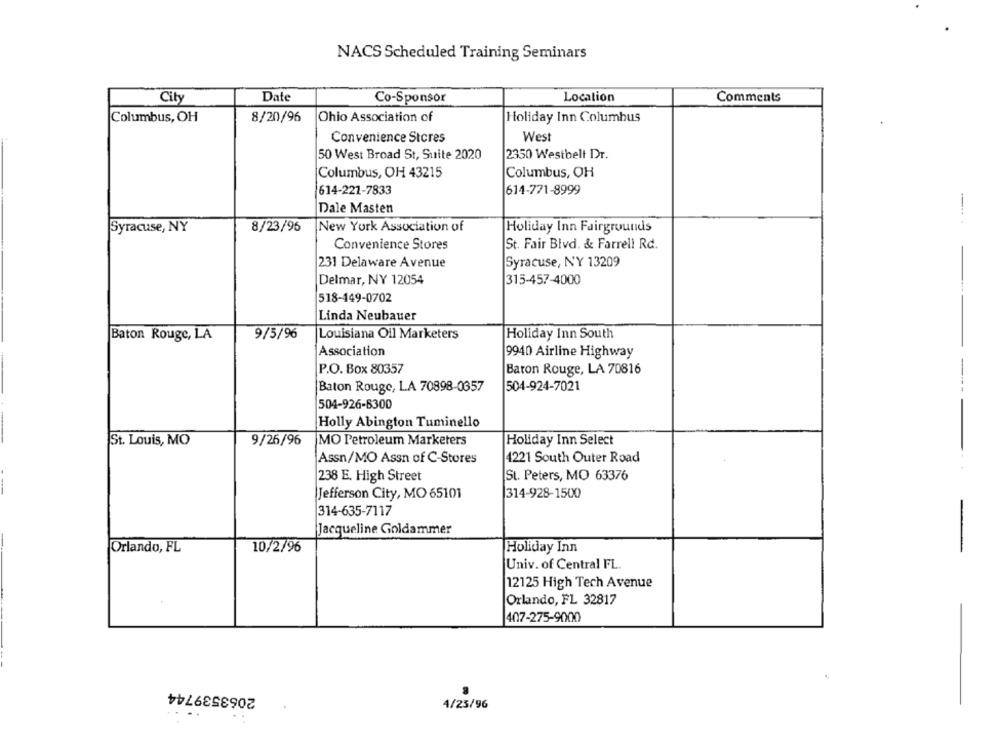
NACS Scheduled Training Seminars
City
Date
Co-Sponsor
Location
Comments
Columbus, OH
8/20/96
Ohio Association of
Holiday Inn Columbus
Convenience Stores
West
50 West Broad St, Suite 2020
2350 Westbelt Dr.
Columbus, OH 43215
Columbus, OH
614-222-7833
614-771-8999
Dale Masten
Syracuse, NY
8/23/96
New York Association of
Holiday Inn Fairgrounds
Convenience Stores
St. Fair Blvd. & Farrell Rd.
231 Delaware Avenue
Syracuse, NY 13209
Delmar, NY 12054
315-457-4000
518-149-0702
Linda Neubauer
Baton Rouge, LA
9/5/96
Louisiana Oil Marketers
Holiday Inn South
Association
9940 Airline Highway
P.O. Box 80357
Baton Rouge, LA 70816
Baton Rouge, LA 70898-0357
504-924-7021
504-926-6300
Holly Abington Tuminello
St. Louis, MO
9/26/96
MO Petroleum Marketers
Holiday Inn Select
Assn/MO Assn of C-Stores
4221 South Outer Road
238 E. High Street
St. Peters, MO 63376
Jefferson City, MO 65101
314-928-1500
314-635-7117
Jacqueline Goldammer
Orlando, FL
10/2/96
Holiday Inn
Univ. of Central FL.
12125 High Tech Avenue
Orlando, FL 32817
407-275-9000
2063539744
4/23/96